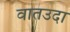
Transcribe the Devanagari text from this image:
वातउदा